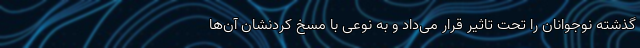
گذشته نوجوانان را تحت تاثیر قرار می‌داد و به نوعی با مسخ کردنشان آن‌ها